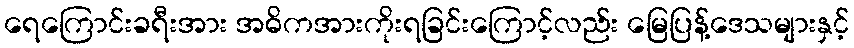
ရေကြောင်းခရီးအား အဓိကအားကိုးရခြင်းကြောင့်လည်း မြေပြန့်ဒေသများနှင့်